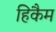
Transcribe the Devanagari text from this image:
हिकैम